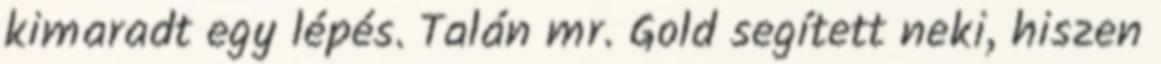
kimaradt egy lépés. Talán mr. Gold segített neki, hiszen